Annual administration report of the Civil Veterinary Department of India - 1892-1893
Year: 1892
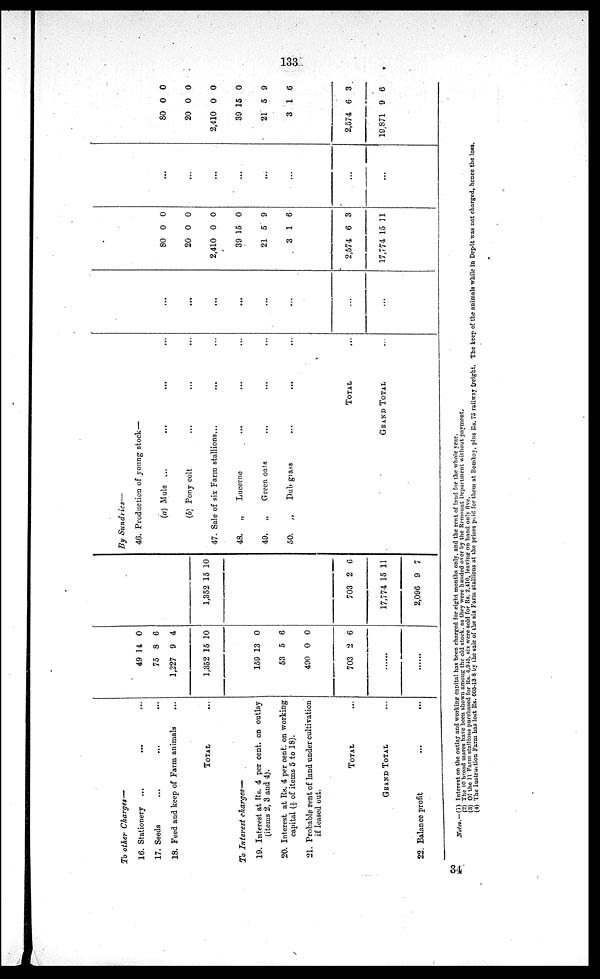
133
To other Charges—
16. Stationery ... ... ...
17. Seeds ... ... ...
18. Feed and keep of Farm animals
...
TOTAL ...
To Interest charges—
19. Interest at Rs. 4 per cent. on outlay
(items 2, 3 and 4).
20. Interest at Rs. 4 per cent. on working
capital (1/5 of items 5 to 18).
21. Probable rent of land under cultivation
if leased out.
TOTAL ...
GRAND TOTAL ...
22. Balance profit ... ...
49
75
1,227
1,352
14
8
9
15
0
6
4
10
159
53
490
703
13
5
0
2
0
6
0
6
......
......
1,352 15 10
703
17,774
2,096
2
15
9
6
11
7
By Sundries—
46. Production of young stock—
(a) Mule ...
...
... ...
(b)Pony cotl ... ... ...
47. Sale of sis Farm stallions...
... ...
48.
„
Lucerne
...
... ...
49.
„
Green oats
...
... ...
50.
„
Dub glass
...
... ...
TOTAL ...
GRAND TOTAL ...
...
...
...
...
...
...
...
...
80
20
2,410
39
21
3
0
0
0
15
5
1
0
0
0
0
9
6
2,574
17,774
6
15
3
11
...
...
...
...
...
...
...
...
80
20
2,410
39
21
3
0
0
0
15
5
1
0
0
0
0
9
6
2,574
19 871
6
9
3
6
Notes.—(1) Interest on the outlay and working capital has been charged for eight months only, and the rent of land for the whole year.
(2) The 10 brood mares have been shown among the old stock, as they were handed over by the Remount Department without payment.
(3) Of the 11 Farm stallions purchased for Rs. 4,915, six were sold for Rs. 2,410, leaving on hand only five.
(4) The Instruction Farm has lost Rs. 605-13 8 by the sale of the six Farm stallions at the prices paid for them at Bombay, plus Rs. 75 railway freight. The keep of the animals while in Depôt was not charged, hence the loss.
34